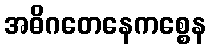
အဓိဂတေနေကစ္စေန